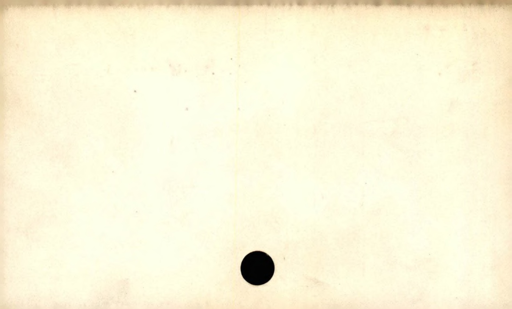
Label: blank